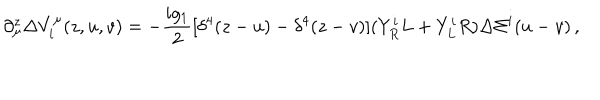
\partial _ { \mu } ^ { z } \Delta V _ { i } ^ { \mu } ( z , u , v ) = - \frac { i g _ { 1 } } { 2 } [ \delta ^ { 4 } ( z - u ) - \delta ^ { 4 } ( z - v ) ] ( Y _ { R } ^ { i } L + Y _ { L } ^ { i } R ) \Delta \Sigma ^ { i } ( u - v ) \, ,